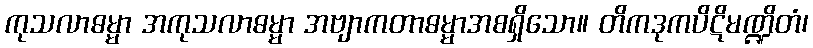
ကုသလာဓမ္မာ အကုသလာဓမ္မာ အဗျာကတာဓမ္မာအစရှိသော။ တိကဒုကပိဋိမဏ္ဍိတံ၊